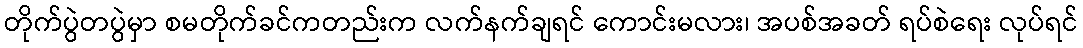
တိုက်ပွဲတပွဲမှာ စမတိုက်ခင်ကတည်းက လက်နက်ချရင် ကောင်းမလား၊ အပစ်အခတ် ရပ်စဲရေး လုပ်ရင်